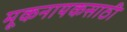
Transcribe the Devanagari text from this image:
मूकनायकसाठी